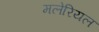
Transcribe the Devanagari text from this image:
मलेरियल